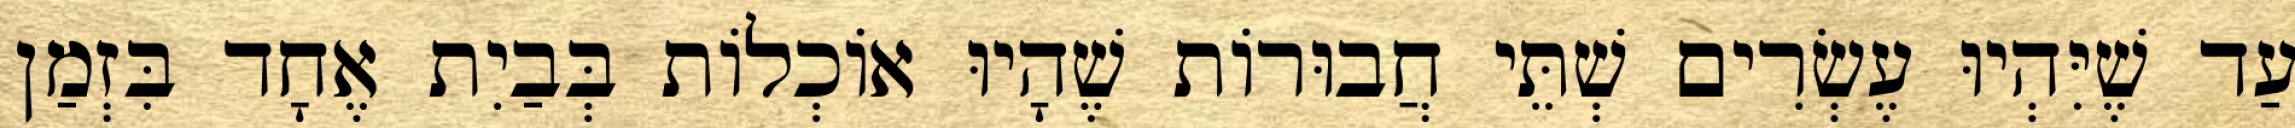
עַד שֶׁיִּהְיוּ עֶשְׂרִים שְׁתֵּי חֲבוּרוֹת שֶׁהָיוּ אוֹכְלוֹת בְּבַיִת אֶחָד בִּזְמַן